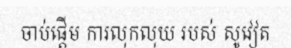
ចាប់ផ្តើម ការលុកលុយ របស់ សូវៀត